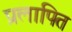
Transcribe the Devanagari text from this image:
प्रलापित